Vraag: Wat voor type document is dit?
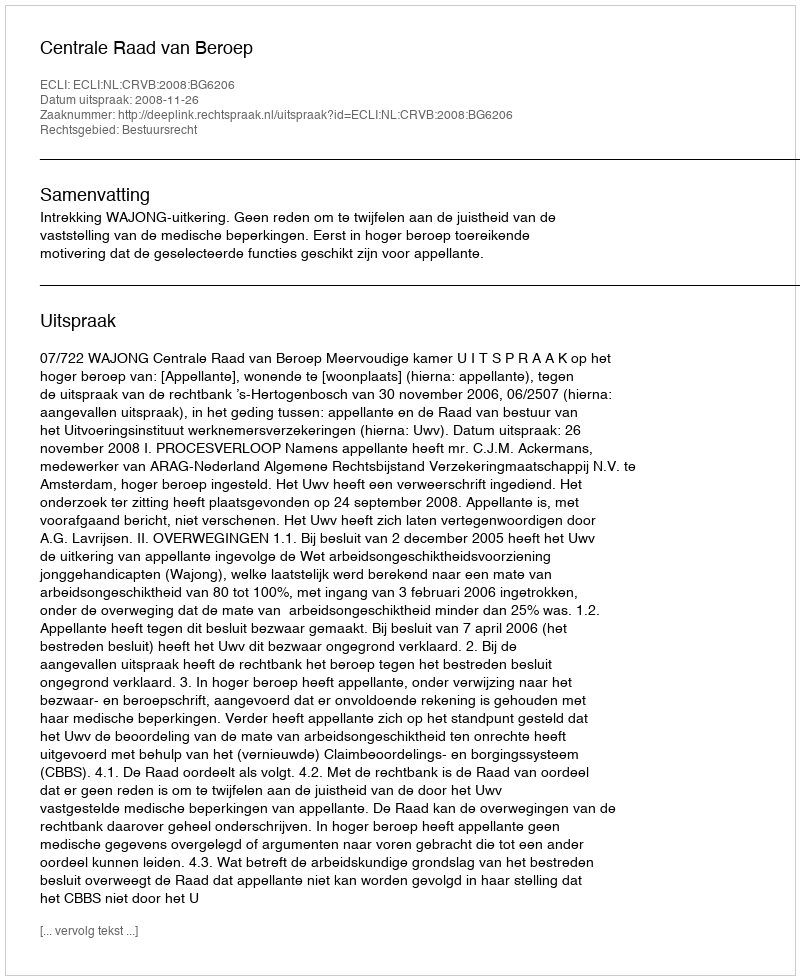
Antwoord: Uitspraak